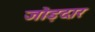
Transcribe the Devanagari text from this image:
जोड़दार